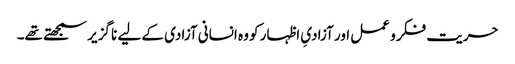
حریت فکر و عمل اور آزادیِ اظہار کو وہ انسانی آزادی کے لیے نا گزیر سمجھتے تھے۔